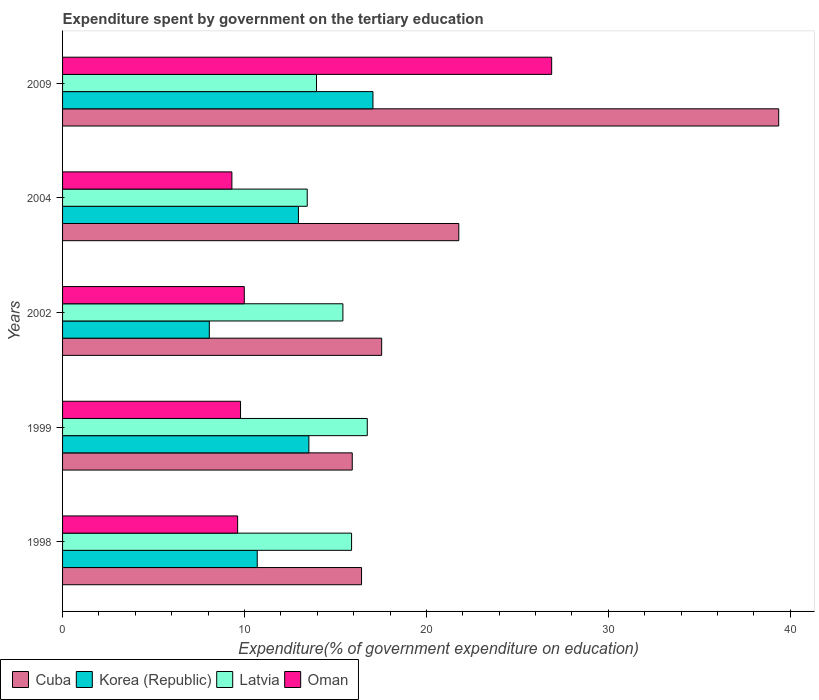
| Years | Cuba | Korea (Republic) | Latvia | Oman |
 | --- | --- | --- | --- | --- |
 | 1998 | 16.4 | 10.7 | 15.9 | 9.62 |
 | 1999 | 15.9 | 13.5 | 16.7 | 9.78 |
 | 2002 | 17.5 | 8.07 | 15.4 | 9.99 |
 | 2004 | 21.8 | 13 | 13.4 | 9.31 |
 | 2009 | 39.4 | 17.1 | 14 | 26.9 |